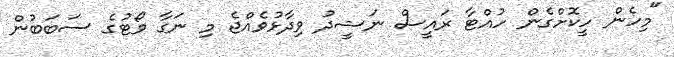
"މިހެން ހީކޮށްގެން ހުއްޓާ ރައީސް ނަޝީދު ވިދާޅުވެއްޖެ މި ނަގާ ވޯޓުގެ ސަބަބުން